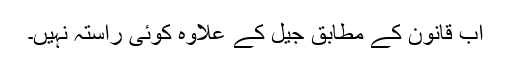
اب قانون کے مطابق جیل کے علاوہ کوئی راستہ نہیں۔